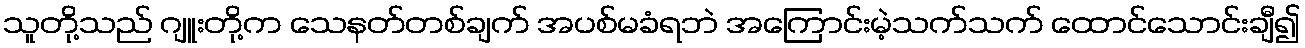
သူတို့သည် ဂျူးတို့က သေနတ်တစ်ချက် အပစ်မခံရဘဲ အကြောင်းမဲ့သက်သက် ထောင်သောင်းချီ၍